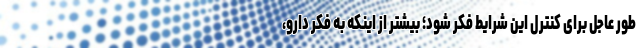
طور عاجل برای کنترل این شرایط فکر شود؛ بیشتر از اینکه به فکر دارو،